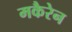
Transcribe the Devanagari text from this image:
मकैरेन